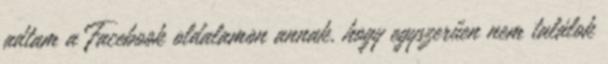
adtam a Facebook oldalamon annak, hogy egyszerűen nem találok